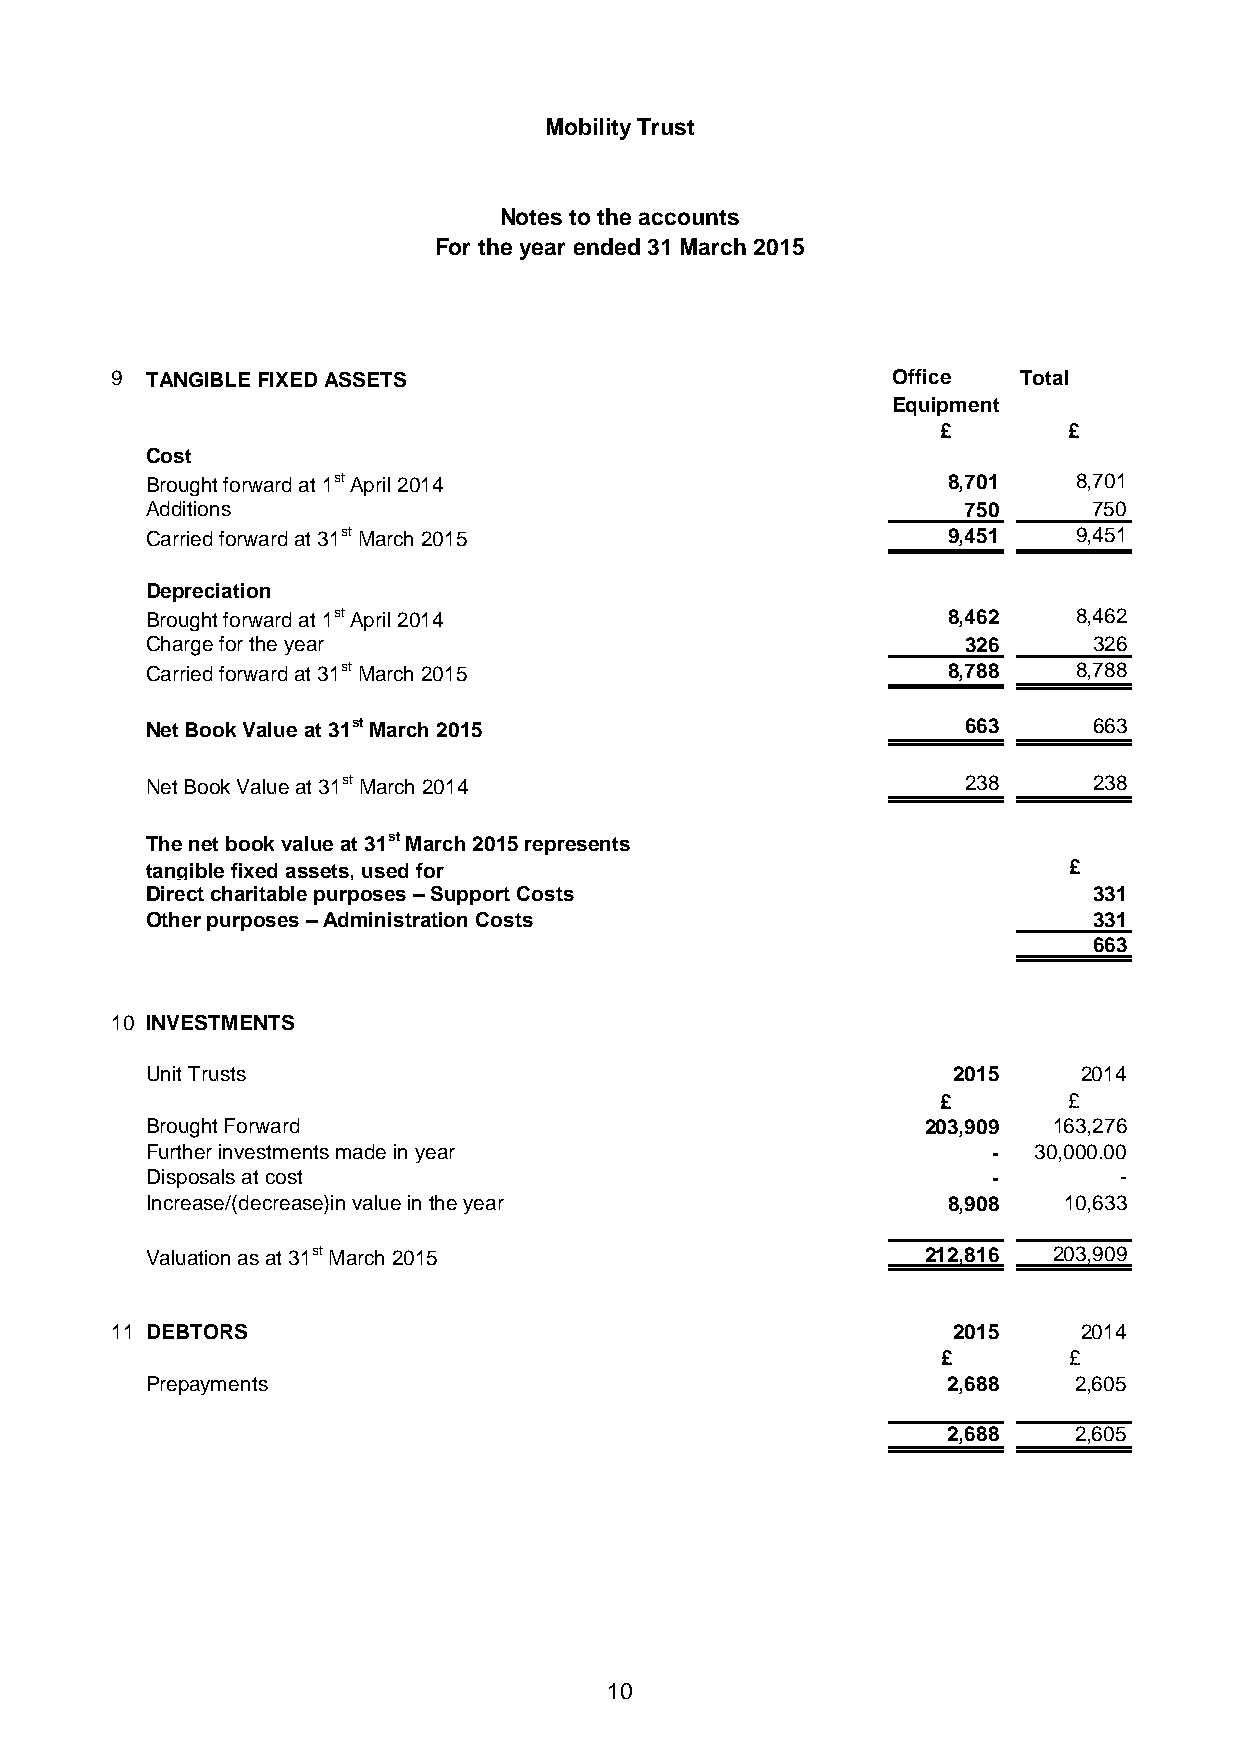
Mobility Trust
 Notes to the accounts
 For the year ended 31 March 2015
 9  TANGIBLE FIXED ASSETS                            Office  Total
 Equipment
 £        £
 Cost
 Brought forward at 1st April 2014                    8,701   8,701
 Additions                                             750     750
 Carried forward at 31st March 2015                   9,451   9,451
 Depreciation
 Brought forward at 1st April 2014                    8,462   8,462
 Charge for the year                                   326     326
 Carried forward at 31st March 2015                   8,788   8,788
 Net Book Value at 31st March 2015                     663     663
 Net Book Value at 31st March 2014                     238     238
 The net book value at 31st March 2015 represents
 tangible fixed assets, used for                              £
 Direct charitable purposes – Support Costs                    331
 Other purposes – Administration Costs                         331
 663
 10 INVESTMENTS
 Unit Trusts                                          2015     2014
 £        £
 Brought Forward                                    203,909  163,276
 Further investments made in year                        -  30,000.00
 Disposals at cost                                       -       -
 Increase/(decrease)in value in the year              8,908  10,633
 Valuation as at 31st March 2015                    212,816  203,909
 11 DEBTORS                                              2015     2014
 £        £
 Prepayments                                          2,688   2,605
 2,688   2,605
 10